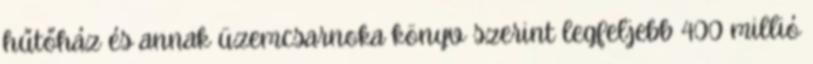
hűtőház és annak üzemcsarnoka könyv szerint legfeljebb 400 millió